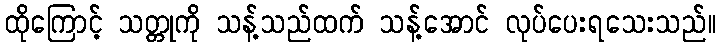
ထိုကြောင့် သတ္တုကို သန့်သည်ထက် သန့်အောင် လုပ်ပေးရသေးသည်။